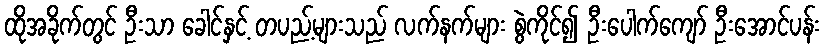
ထိုအခိုက်တွင် ဦးသာ ခေါင်နှင့် တပည့်များသည် လက်နက်များ စွဲကိုင်၍ ဦးပေါက်ကျော် ဦးအောင်ပန်း